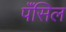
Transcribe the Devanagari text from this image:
पॅंसिल